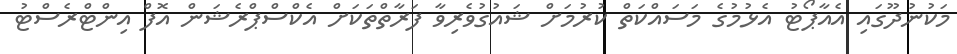
މަކުނުދޫގައި އެއާޕޯޓު އެޅުމުގެ މަސައްކަތް ކުރުމަށް ޝައުގުވެރިވާ ފަރާތްތަކަށް އެކްސްޕްރެޝަން އޮފް އިންޓްރެސްޓު